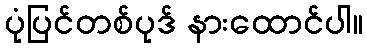
ပုံပြင်တစ်ပုဒ် နားထောင်ပါ။